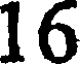
16